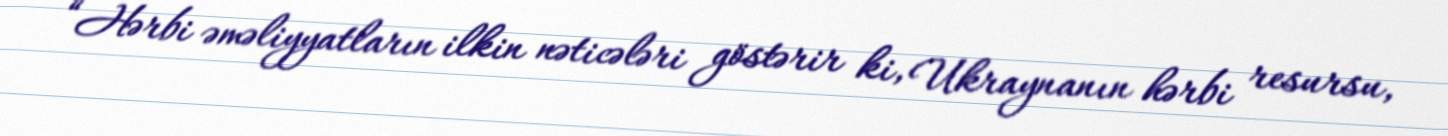
“Hərbi əməliyyatların ilkin nəticələri göstərir ki, Ukraynanın hərbi resursu,